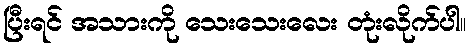
ပြီးရင် အသားကို သေးသေးလေး တုံးလိုက်ပါ။